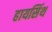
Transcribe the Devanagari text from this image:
हायसिंथ